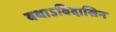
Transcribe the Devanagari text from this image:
यथाऽविदासिन